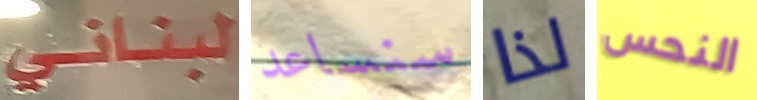
لبناني سنساعد لذا النحس